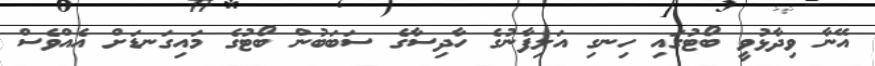
އޭނާ ވިދާޅުވީ ބޯޓުގައި ހިނގި އަލިފާނުގެ ހާދިސާގެ ސަބަބުން ބޯޓުގެ މައިގަނޑަށް އެއްވެސް